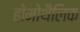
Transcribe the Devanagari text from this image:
होमोथैलिक